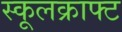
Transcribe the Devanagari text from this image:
स्कूलक्राफ्ट